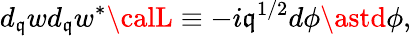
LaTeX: d_{\mathfrak{q}}wd_{\mathfrak{q}}w^{\ast}{\calL}\equiv-i\mathfrak{q}^{1/2}d\phi\astd\phi,